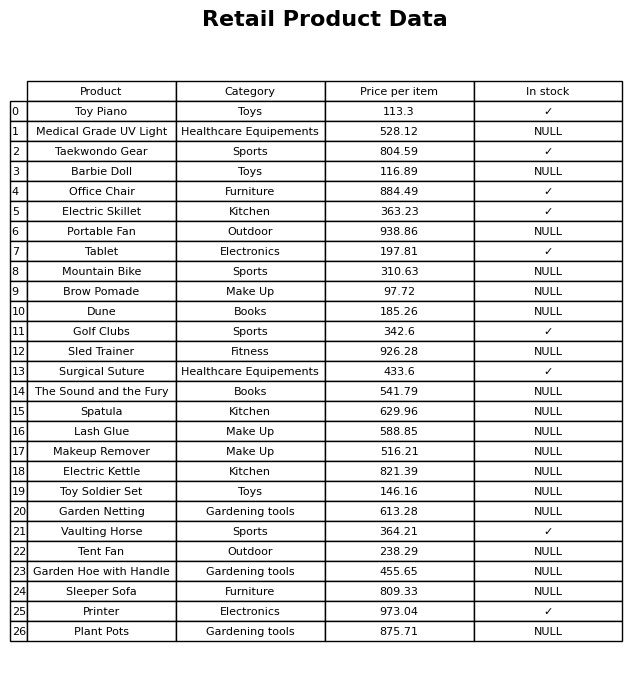
question: Is the Surgical Suture in stock?
answer: ✓